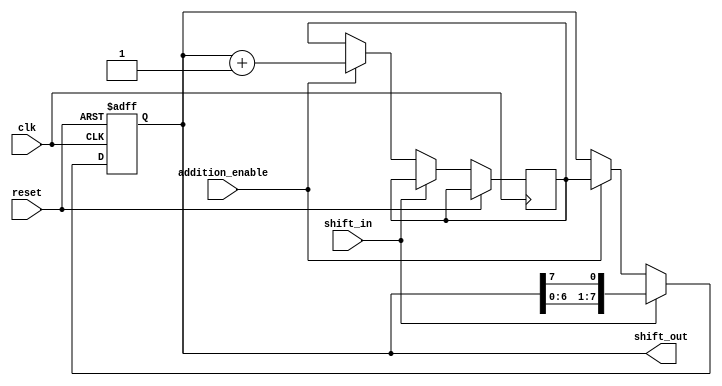
module ShiftAddRegister (
  input wire clk,
  input wire reset,
  input wire shift_in,
  input wire addition_enable,
  output reg [7:0] shift_out
);

reg [7:0] shift_reg;
reg [7:0] temp;

always @(posedge clk or posedge reset) begin
  if (reset) begin
    shift_reg <= 8'b0;
  end else begin
    if (shift_in) begin
      shift_reg <= {shift_reg[6:0], shift_reg[7]};
    end else if (addition_enable) begin
      temp <= shift_reg + 8'b1;
      shift_reg <= temp;
    end
  end
end

assign shift_out = shift_reg;

endmodule